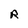
Character: R